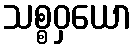
သစ္စဝှယော